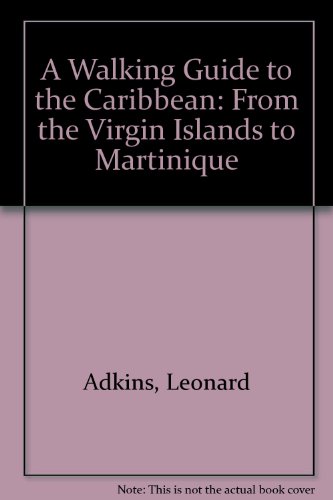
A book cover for A Walking Guide to the Caribbean: From the Virgin Islands to Martinique; Leonard Adkins; Travel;